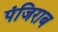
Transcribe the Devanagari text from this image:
पंजिराब